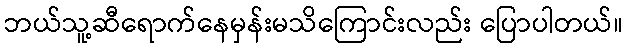
ဘယ်သူ့ဆီရောက်နေမှန်းမသိကြောင်းလည်း ပြောပါတယ်။